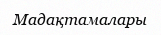
Мадақтамалары